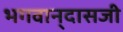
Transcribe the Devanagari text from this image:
भगवान्‌दासजी